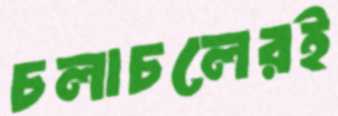
চলাচলেরই